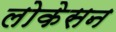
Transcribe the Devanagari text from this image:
लोकेसन